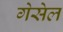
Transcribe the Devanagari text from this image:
गेसेल